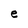
Character: e